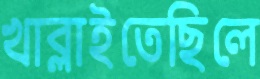
খাব্‌লাইতেছিলে